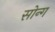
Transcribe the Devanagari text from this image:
सोन्ग